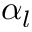
\alpha _ { l }